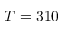
T = 3 1 0